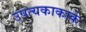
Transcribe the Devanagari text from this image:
उपत्यकाकाके